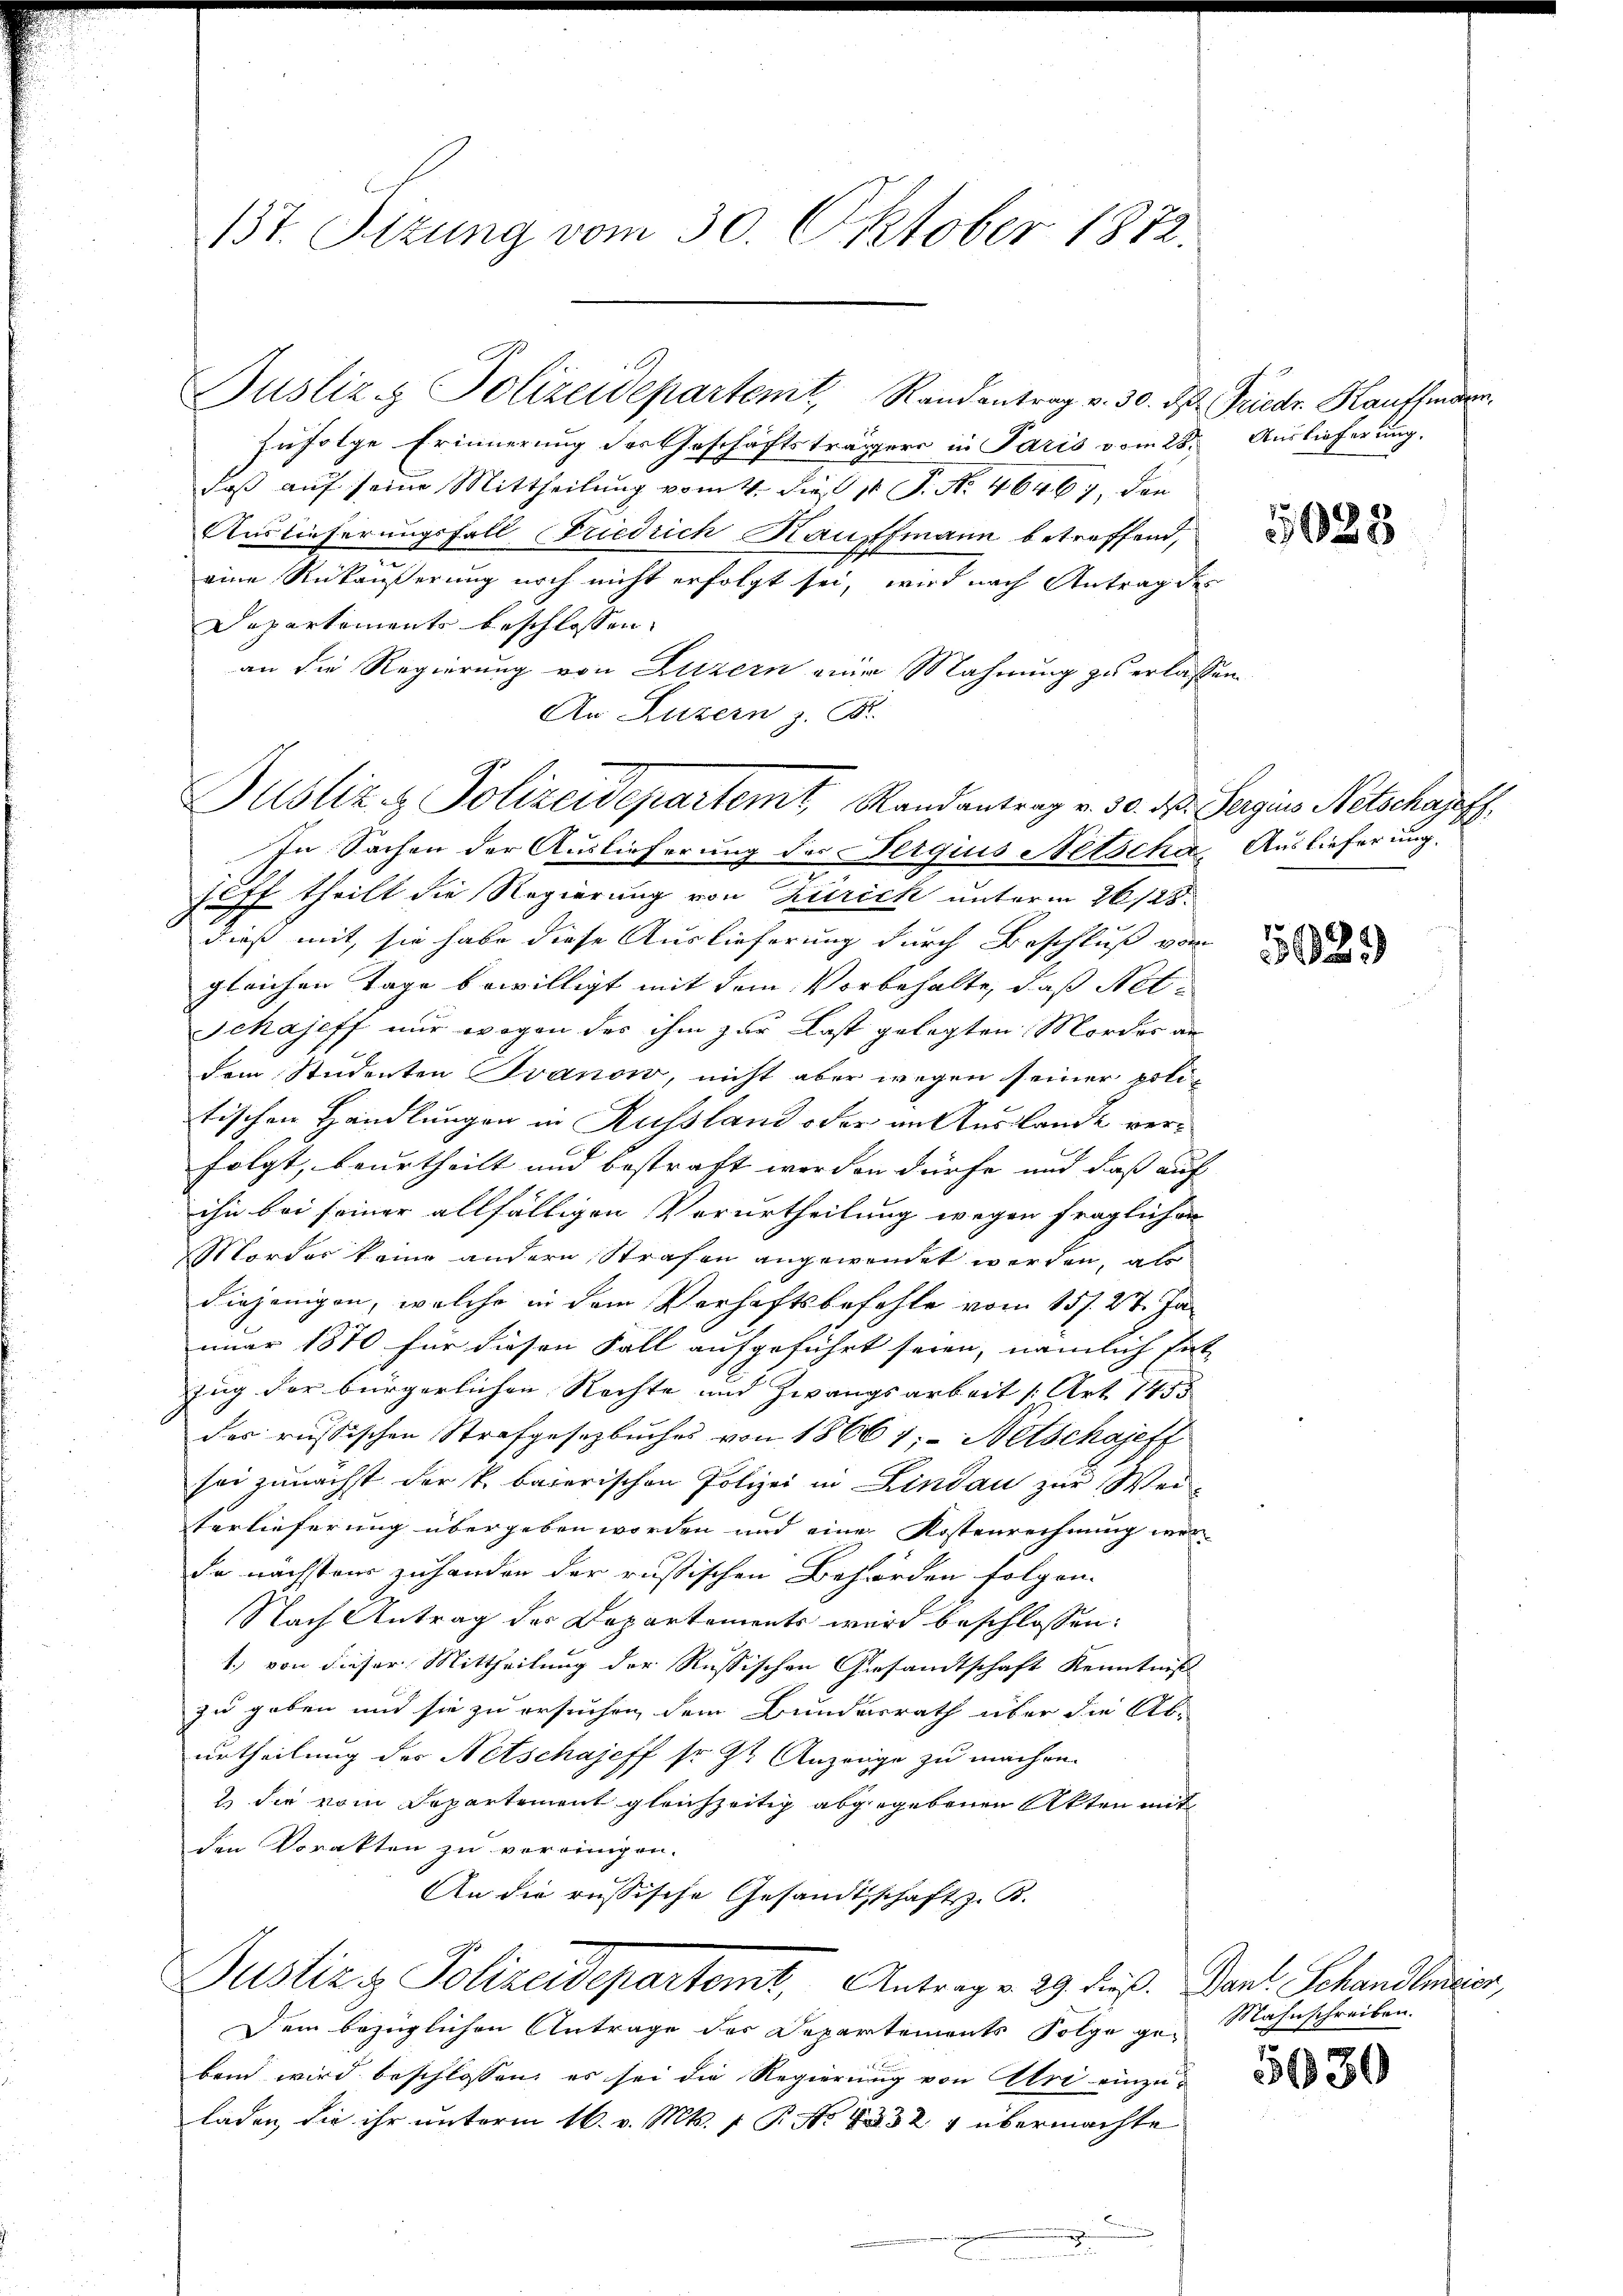
13t. Sitzung vom 30. Oktober 1872.

Justiz & Polizeidepartemt, Randantrag v. 30. d. Friedr Kauffmann
zufolge Erinnerung des Geschäftsträgers in Paris vom 28. Auslieferung.
daβ aŭf seine Mittheilŭng vom 4. die 18 J. No. 4646), den
Auslieferungsfall Friedrich Kauffmann betreffend,
eine Rükäußerung noch nicht erfolgt sei, wird nach Antrag de
Departements beschlossen,
an die Regierung von Luzern einer Mahnung zu erlass
An Luzern z. B.
In Sachen der Auslieferung des ergius Netsche Auslieferung.
suff theilt die Regierung von Zürich unterm 26. 125.
dieß mit, sie habe diese Auslieferung durch Beschluß von
gleichen Tage bewilligt mit dem Vorbehalte, daß Net¬
Schajeff nur wegen des ihm zur Last gelegten Mordes an
dem Studenten Ivanow, nicht aber wegen seiner politischen Handlungen in Russland oder an Auslandt verfolgt, beurtheilt und bestraft werden dürfe und daß auf
ihn bei seiner allfälligen Verurtheilung wegen fraglichen
Mordes keine andern Strafen angewendet werden, als
diejenigen, welche in dem Verhaftsbefehle vom 15. 27. Januar 1870 für diesen Fall aufgeführt seien, nämlich fi
Zug der bürgerlichen Rechte und Zwangsarbeit /: Art. 1453
des russischen Strafgesetzbuches von 18661; - Wetschajeff
sei zunächst der k. baierischen Polizei in Lindau zur Wei-
terlieferung übergeben worden und eine Kostenrechnung ver-
de nächstens zuhanden der russischen Behörden folgen.
Nach Antrag des Departements wird beschlossen:
1., von dieser Mittheilung der Russischen Gesandtschaft Kenntniß
zu geben und sie zu ersuchen dem Bundesrath über die Ab-
urtheilung des Netschajeff sr. Zu Anzeige zu machen.
2 die vom Departement gleichzeitig abgegebenen Akten mit
den Vorakten zu voreinigen.
An die russische Gesandtschaftsz. B.
Justizi Polizeidepartemt, Antrage 29 dieß. Dant. Schandlerier,
Dem bezüglichen Antrage des Departements Folge ge-Mahnschreiben.
band wird beschlossen, es sei die Regierung von Uri einzu-
laden, die ihr unterm 16. v. Mts. f. P. Nr. 1832 4 übermachte

Justiz & Polizeidepartemt, Randantrag v. 30. ds. Sergiis Netschaffh

e
n

628

22)

5930